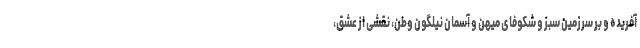
آفریده و بر سرزمین سبز و شکوفای میهن و آسمان نیلگون وطن، نقشی از عشق،